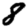
Digit: 8